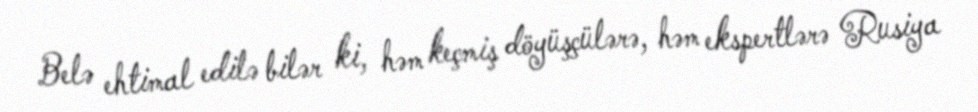
Belə ehtimal edilə bilər ki, həm keçmiş döyüşçülərə, həm ekspertlərə Rusiya